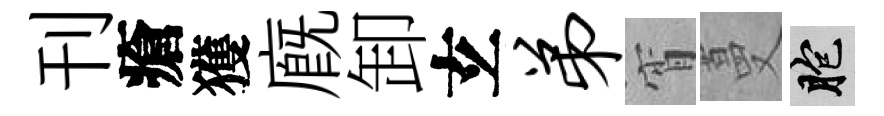
刊瘡獲廐卸𤣥弟宵蔓胞